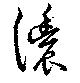
濃